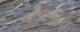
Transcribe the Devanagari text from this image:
मादळमुठी